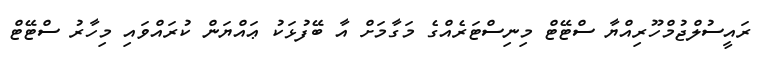
ރައީސުލްޖުމްހޫރިއްޔާ ސްޓޭޓް މިނިސްޓަރެއްގެ މަގާމަށް އާ ބޭފުޅަކު ޢައްޔަން ކުރައްވައި މިހާރު ސްޓޭޓް